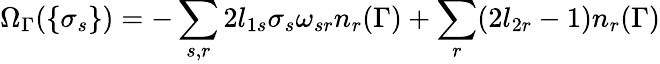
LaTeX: \Omega_{\Gamma}(\{ \sigma_{s}\} )=-\sum_{s,r}2l_{1s}\sigma_{s}\omega_{sr}n_{r}(\Gamma)+\sum_{r}(2l_{2r}-1)n_{r}(\Gamma)